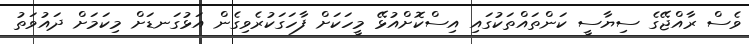
ވެސް ރާއްޖޭގެ ސިޔާސީ ކަންތައްތަކުގައި އިސްކޮށްއުޅޭ މީހަކަށް ފާހަގަކުރެވިގެން އަޅުގަނޑަށް މިކަމަށް ދައުވަތު